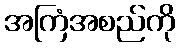
အကြံအစည်ကို